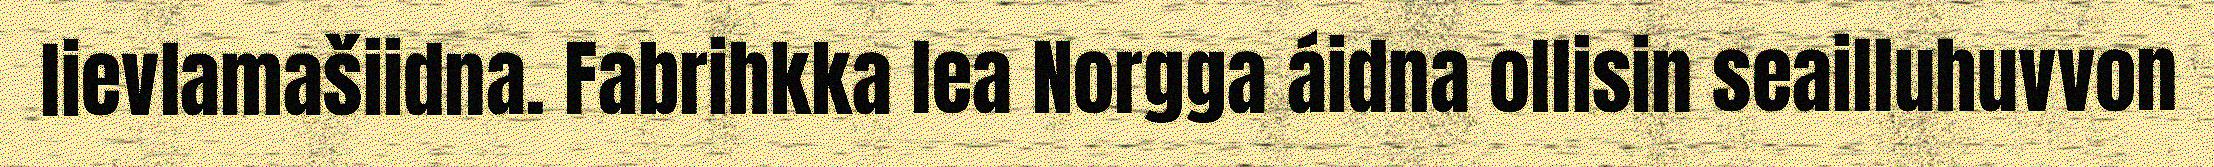
lievlamašiidna. Fabrihkka lea Norgga áidna ollisin seailluhuvvon